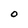
Character: O